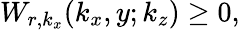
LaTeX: W_{r,k_{x}}(k_{x},y;k_{z})\geq 0,